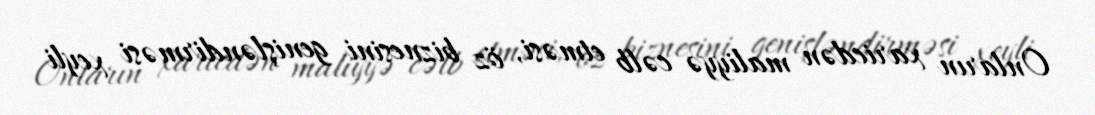
Onların xaricdən maliyyə cəlb etməsi, öz biznesini genişləndirməsi xeyli